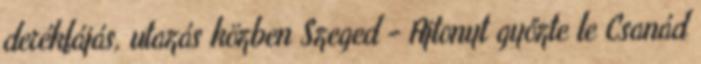
derékfájás, utazás közben Szeged - Ajtonyt győzte le Csanád